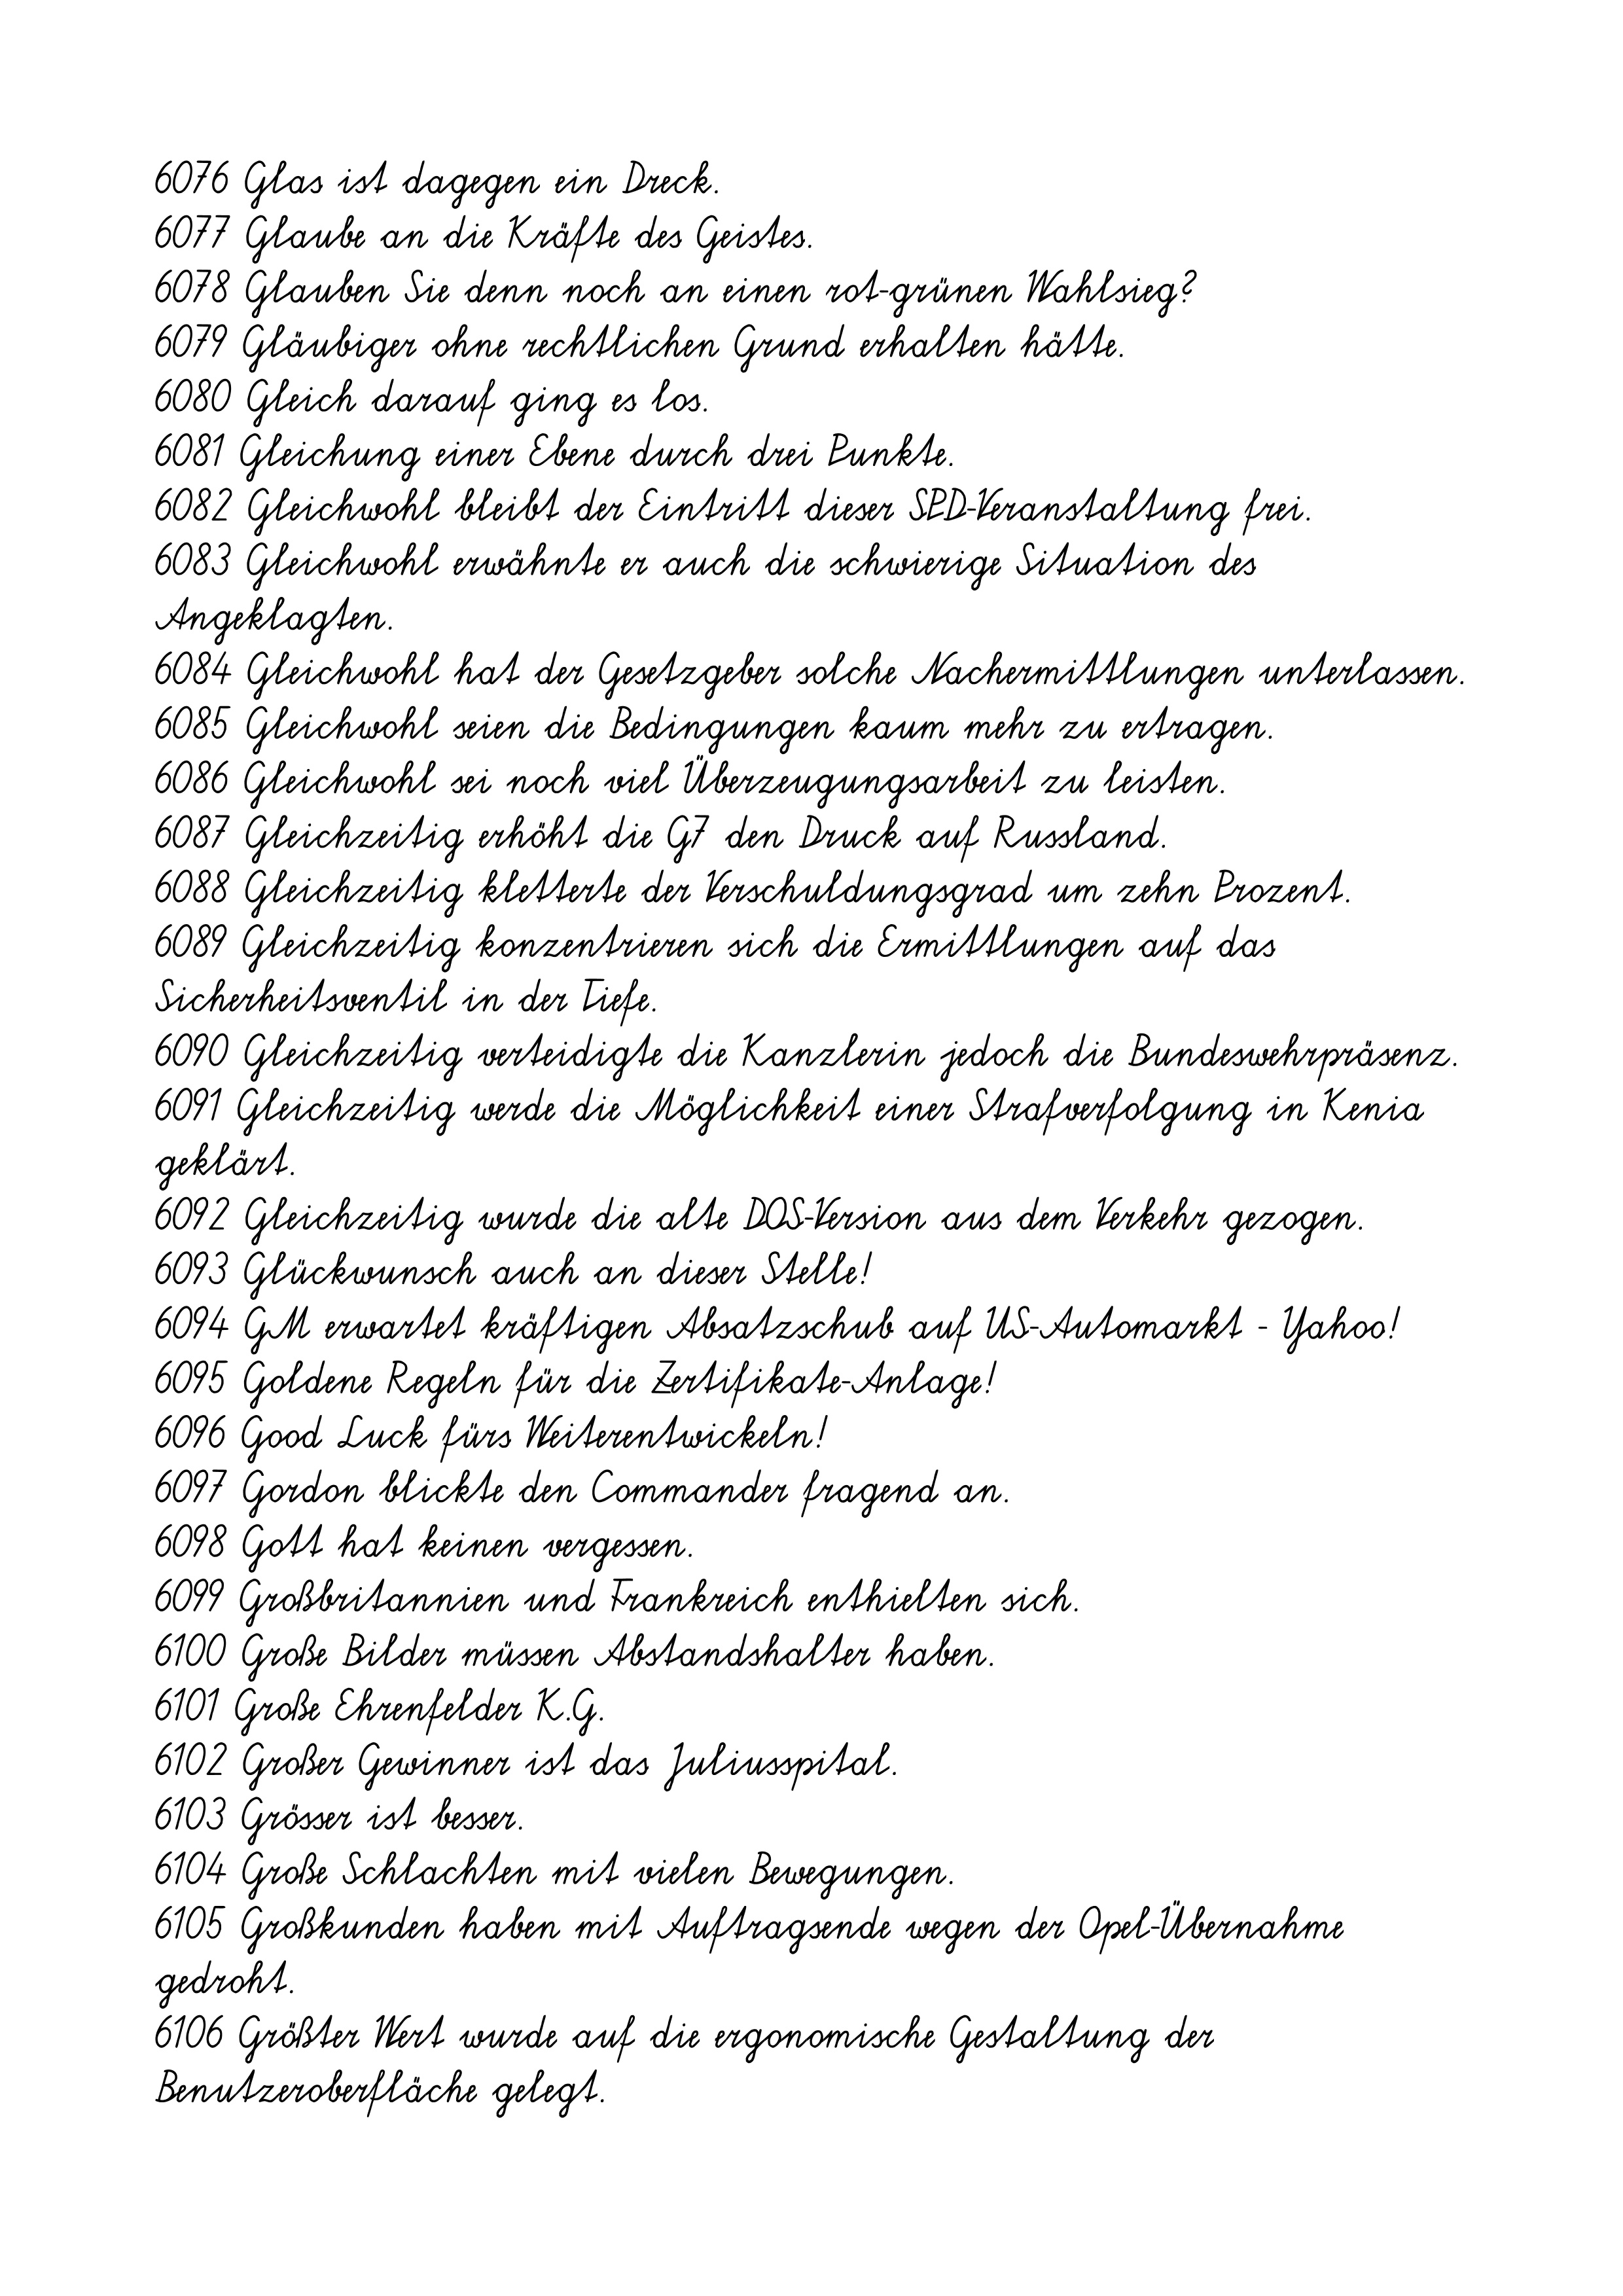
6076 Glas ist dagegen ein Dreck.
6077 Glaube an die Kräfte des Geistes.
6078 Glauben Sie denn noch an einen rot-grünen Wahlsieg?
6079 Gläubiger ohne rechtlichen Grund erhalten hätte.
6080 Gleich darauf ging es los.
6081 Gleichung einer Ebene durch drei Punkte.
6082 Gleichwohl bleibt der Eintritt dieser SPD-Veranstaltung frei.
6083 Gleichwohl erwähnte er auch die schwierige Situation des
Angeklagten.
6084 Gleichwohl hat der Gesetzgeber solche Nachermittlungen unterlassen.
6085 Gleichwohl seien die Bedingungen kaum mehr zu ertragen.
6086 Gleichwohl sei noch viel Überzeugungsarbeit zu leisten.
6087 Gleichzeitig erhöht die G7 den Druck auf Russland.
6088 Gleichzeitig kletterte der Verschuldungsgrad um zehn Prozent.
6089 Gleichzeitig konzentrieren sich die Ermittlungen auf das
Sicherheitsventil in der Tiefe.
6090 Gleichzeitig verteidigte die Kanzlerin jedoch die Bundeswehrpräsenz.
6091 Gleichzeitig werde die Möglichkeit einer Strafverfolgung in Kenia
geklärt.
6092 Gleichzeitig wurde die alte DOS-Version aus dem Verkehr gezogen.
6093 Glückwunsch auch an dieser Stelle!
6094 GM erwartet kräftigen Absatzschub auf US-Automarkt - Yahoo!
6095 Goldene Regeln für die Zertifikate-Anlage!
6096 Good Luck fürs Weiterentwickeln!
6097 Gordon blickte den Commander fragend an.
6098 Gott hat keinen vergessen.
6099 Großbritannien und Frankreich enthielten sich.
6100 Große Bilder müssen Abstandshalter haben.
6101 Große Ehrenfelder K.G.
6102 Großer Gewinner ist das Juliusspital.
6103 Grösser ist besser.
6104 Große Schlachten mit vielen Bewegungen.
6105 Großkunden haben mit Auftragsende wegen der Opel-Übernahme
gedroht.
6106 Größter Wert wurde auf die ergonomische Gestaltung der
Benutzeroberfläche gelegt.